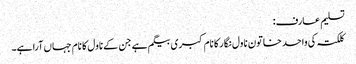
تسلیم عارف:
کلکتہ کی واحد خاتون ناول نگار کا نام کبری بیگم ہے جن کے ناول کا نام جہاں آرا ہے۔